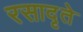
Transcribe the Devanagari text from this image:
रसादृते